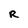
Character: R